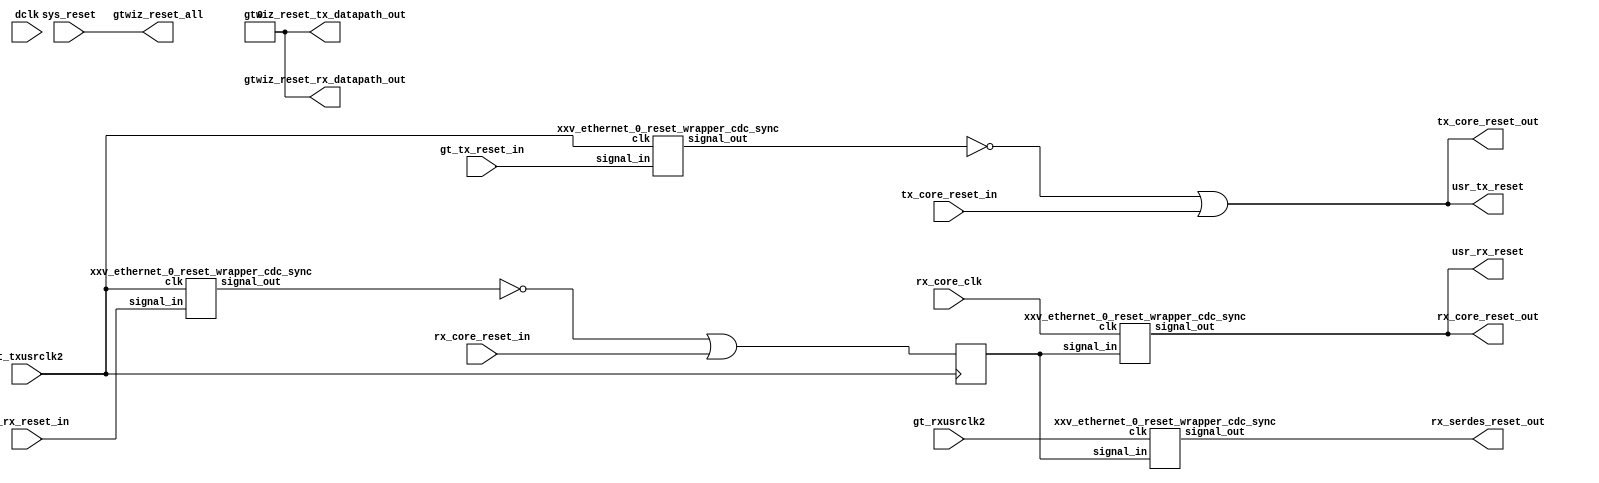
// ------------------------------------------------------------------------------
//   (c) Copyright 2020-2021 Xilinx, Inc. All rights reserved.
// 
//   This file contains confidential and proprietary information
//   of Xilinx, Inc. and is protected under U.S. and
//   international copyright and other intellectual property
//   laws.
// 
//   DISCLAIMER
//   This disclaimer is not a license and does not grant any
//   rights to the materials distributed herewith. Except as
//   otherwise provided in a valid license issued to you by
//   Xilinx, and to the maximum extent permitted by applicable
//   law: (1) THESE MATERIALS ARE MADE AVAILABLE \"AS IS\" AND
//   WITH ALL FAULTS, AND XILINX HEREBY DISCLAIMS ALL WARRANTIES
//   AND CONDITIONS, EXPRESS, IMPLIED, OR STATUTORY, INCLUDING
//   BUT NOT LIMITED TO WARRANTIES OF MERCHANTABILITY, NON-
//   INFRINGEMENT, OR FITNESS FOR ANY PARTICULAR PURPOSE; and
//   (2) Xilinx shall not be liable (whether in contract or tort,
//   including negligence, or under any other theory of
//   liability) for any loss or damage of any kind or nature
//   related to, arising under or in connection with these
//   materials, including for any direct, or any indirect,
//   special, incidental, or consequential loss or damage
//   (including loss of data, profits, goodwill, or any type of
//   loss or damage suffered as a result of any action brought
//   by a third party) even if such damage or loss was
//   reasonably foreseeable or Xilinx had been advised of the
//   possibility of the same.
// 
//   CRITICAL APPLICATIONS
//   Xilinx products are not designed or intended to be fail-
//   safe, or for use in any application requiring fail-safe
//   performance, such as life-support or safety devices or
//   systems, Class III medical devices, nuclear facilities,
//   applications related to the deployment of airbags, or any
//   other applications that could lead to death, personal
//   injury, or severe property or environmental damage
//   (individually and collectively, \"Critical
//   Applications\"). Customer assumes the sole risk and
//   liability of any use of Xilinx products in Critical
//   Applications, subject only to applicable laws and
//   regulations governing limitations on product liability.
// 
//   THIS COPYRIGHT NOTICE AND DISCLAIMER MUST BE RETAINED AS
//   PART OF THIS FILE AT ALL TIMES.
//
// 
//
//       Owner:          
//       Revision:       $Id: $
//                       $Author: $
//                       $DateTime: $
//                       $Change: $
//       Description:
//
// 
////------------------------------------------------------------------------------

`timescale 1ps / 1ps
(* DowngradeIPIdentifiedWarnings="yes" *)
module xxv_ethernet_0_reset_wrapper
(
    input  wire sys_reset,
    input  wire dclk,
    input  wire gt_txusrclk2,
    input  wire gt_rxusrclk2,
    input  wire rx_core_clk,
    input  wire gt_tx_reset_in,
    input  wire gt_rx_reset_in,

    input  wire tx_core_reset_in,
    input  wire rx_core_reset_in,
    output wire tx_core_reset_out,
    output wire rx_core_reset_out,
    output wire rx_serdes_reset_out,
    output wire usr_tx_reset,
    output wire usr_rx_reset,
    output wire gtwiz_reset_all,
    output wire gtwiz_reset_tx_datapath_out,
    output wire gtwiz_reset_rx_datapath_out
);

  wire gt_tx_reset_in_sync;
  wire gt_tx_reset_in_sync_inv;
  wire tx_reset_done_async;

  wire gt_rx_reset_in_sync;
  wire gt_rx_reset_in_sync_inv;
  wire rx_reset_done_async;
  wire rx_serdes_reset_done;
  reg  rx_reset_done_async_r;
  wire rx_reset_done;



  assign gtwiz_reset_tx_datapath_out = 1'b0;
  assign gtwiz_reset_rx_datapath_out = 1'b0;

  assign gtwiz_reset_all             = sys_reset;
 
 

 
  xxv_ethernet_0_reset_wrapper_cdc_sync i_xxv_ethernet_0_cdc_sync_gt_tx_resetdone
  (
   .clk              (gt_txusrclk2),
   .signal_in        (gt_tx_reset_in), 
   .signal_out       (gt_tx_reset_in_sync)
  );

  assign gt_tx_reset_in_sync_inv  =  ~(gt_tx_reset_in_sync);
  assign tx_reset_done_async      =  gt_tx_reset_in_sync_inv | tx_core_reset_in;
  assign usr_tx_reset             =  tx_reset_done_async;
  assign tx_core_reset_out        =  tx_reset_done_async;

  xxv_ethernet_0_reset_wrapper_cdc_sync i_xxv_ethernet_0_cdc_sync_gt_rx_resetdone
  (
   .clk              (gt_txusrclk2),
   .signal_in        (gt_rx_reset_in), 
   .signal_out       (gt_rx_reset_in_sync)
  );

  assign gt_rx_reset_in_sync_inv   =  ~(gt_rx_reset_in_sync);
  assign rx_reset_done_async       =  gt_rx_reset_in_sync_inv | rx_core_reset_in;
 
  always @( posedge gt_txusrclk2)
  begin
       rx_reset_done_async_r  <= rx_reset_done_async;
  end
 
  xxv_ethernet_0_reset_wrapper_cdc_sync i_xxv_ethernet_0_cdc_sync_gt_rx_serdes_resetdone
  (
   .clk              (gt_rxusrclk2),
   .signal_in        (rx_reset_done_async_r), 
   .signal_out       (rx_serdes_reset_done)
  );
 
  xxv_ethernet_0_reset_wrapper_cdc_sync i_xxv_ethernet_0_cdc_sync_gt_rx_resetdone_rx_core_clk
  (
   .clk              (rx_core_clk),
   .signal_in        (rx_reset_done_async_r), 
   .signal_out       (rx_reset_done)
  );
 
  assign rx_serdes_reset_out        = rx_serdes_reset_done;
  assign rx_core_reset_out          = rx_reset_done;
  assign usr_rx_reset               = rx_reset_done;

endmodule


(* DowngradeIPIdentifiedWarnings="yes" *)
  module xxv_ethernet_0_reset_wrapper_cdc_sync (
   input clk,
   input signal_in,
   output wire signal_out
  );
  
                                wire sig_in_cdc_from ;
       (* ASYNC_REG = "TRUE" *) reg  s_out_d2_cdc_to;
       (* ASYNC_REG = "TRUE" *) reg  s_out_d3;
       (* ASYNC_REG = "TRUE" *) reg  s_out_d4;
      
// synthesis translate_off
      
      initial s_out_d2_cdc_to = 1'b0;
      initial s_out_d3        = 1'b0;
      initial s_out_d4        = 1'b0;
      
// synthesis translate_on   

      assign sig_in_cdc_from = signal_in;
      assign signal_out      = s_out_d4;

      always @(posedge clk) 
      begin
        s_out_d2_cdc_to  <= sig_in_cdc_from;
        s_out_d3         <= s_out_d2_cdc_to;
        s_out_d4         <= s_out_d3;
      end
  
  endmodule